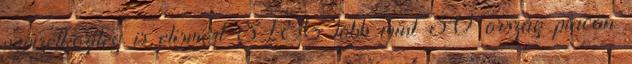
nemzetközileg is elismert SIEG több mint 30 ország piacán